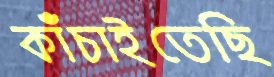
কাঁচাইতেছি